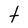
Character: t